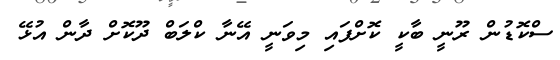
ސްކޮޑުން ރޫނީ ބާކީ ކޮށްފައި މިވަނީ އޭނާ ކްލަބް ދޫކޮށް ދާން އުޅޭ